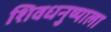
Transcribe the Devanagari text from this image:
शिवधनुष्याला